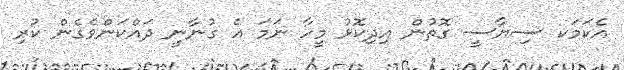
އެކަމަކ ސިޔާސީ ގޮތުން އިދިކޮޅު މީހާ ނަމަ އެ ގުނާނީ ދައްކަންވެގެން ކުރި